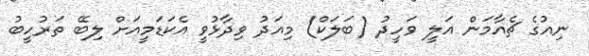
ނިއުގެ ޗެއާމަން އަލީ ވަހީދު (ބަލަކް) މިއަދު ވިދާޅުވީ އެކަޑަމީއަށް ލިބޭ ތަރުހީބު